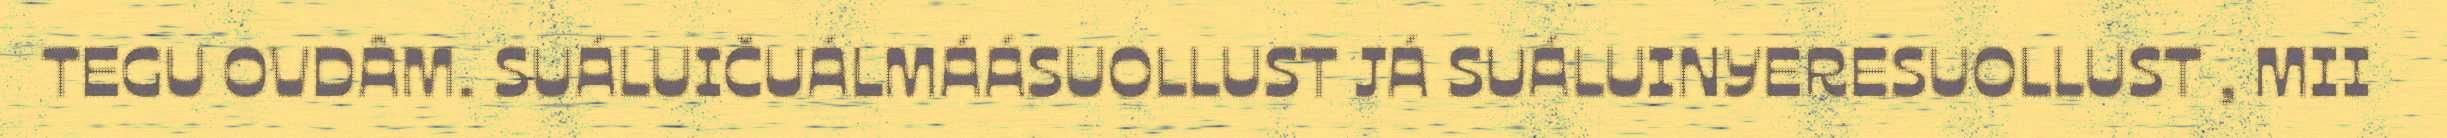
TEGU OVDÂM. SUÁLUIČUÁLMÁÁSUOLLUST JÁ SUÁLUINYERESUOLLUST , MII